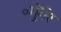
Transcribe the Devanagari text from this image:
॰मुेंगेर